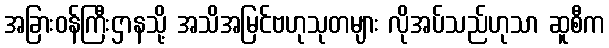
အခြားဝန်ကြီးဌာနသို့ အသိအမြင်ဗဟုသုတများ လိုအပ်သည်ဟုသာ ဆူစီက